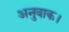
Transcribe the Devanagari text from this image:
अनुवाक।